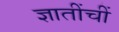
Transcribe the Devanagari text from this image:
ज्ञातींचीं